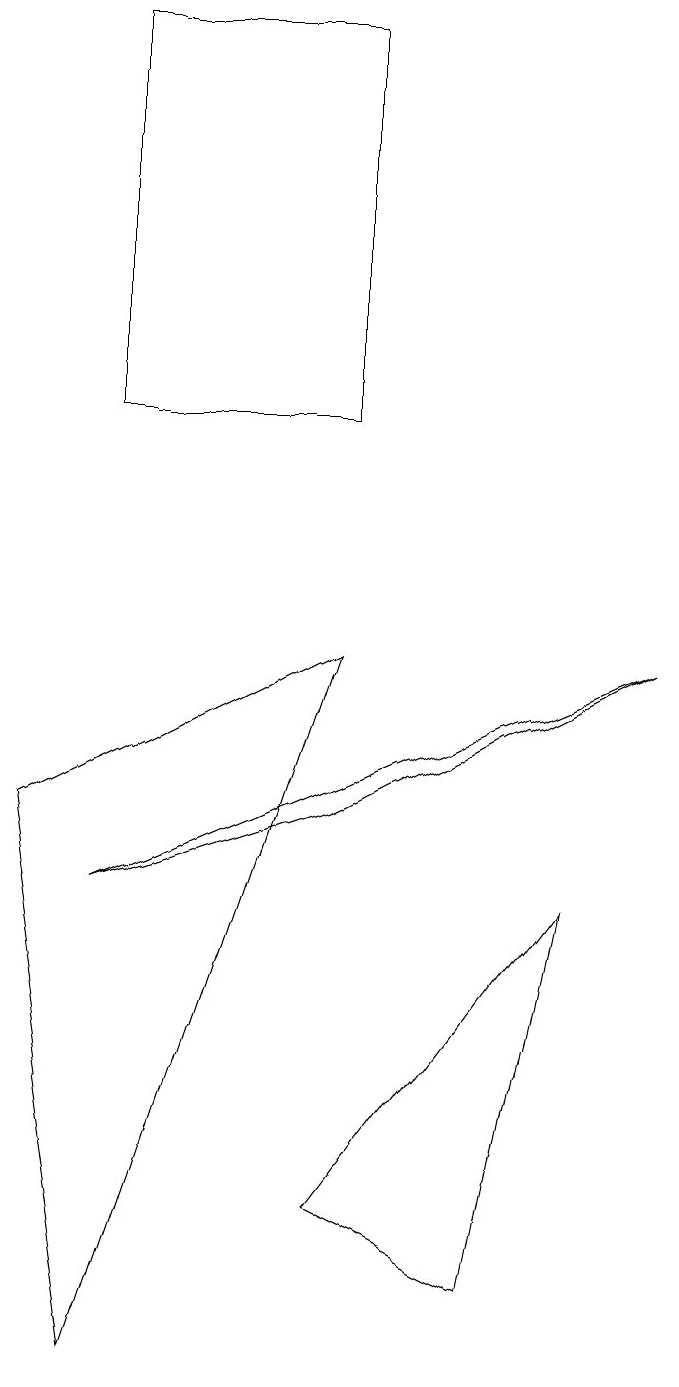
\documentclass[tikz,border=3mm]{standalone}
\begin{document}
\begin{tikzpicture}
\draw (2,0) -- (5,9) -- (1,7) -- cycle;
\draw (9,9) -- (2,6) -- (5,7) -- cycle;
\draw (2,17) rectangle (5,12);
\draw (8,6) -- (5,2) -- (7,1) -- cycle;
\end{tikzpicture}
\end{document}